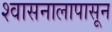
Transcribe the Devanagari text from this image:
श्वासनालापासून